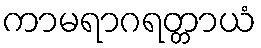
ကာမရာဂရတ္တာယံ